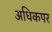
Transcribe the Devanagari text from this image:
अधिकपर